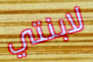
لابنتي